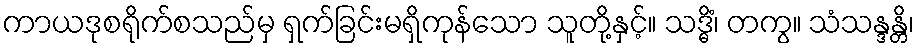
ကာယဒုစရိုက်စသည်မှ ရှက်ခြင်းမရှိကုန်သော သူတို့နှင့်။ သဒ္ဓိံ၊ တကွ။ သံသန္ဒန္တိ၊